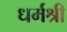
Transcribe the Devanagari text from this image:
धर्मश्री